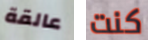
عالقة كنت